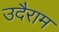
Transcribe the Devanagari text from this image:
उदैराम